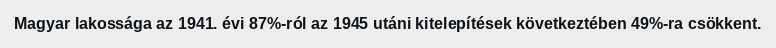
Magyar lakossága az 1941. évi 87%-ról az 1945 utáni kitelepítések következtében 49%-ra csökkent.